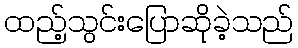
ထည့်သွင်းပြောဆိုခဲ့သည်